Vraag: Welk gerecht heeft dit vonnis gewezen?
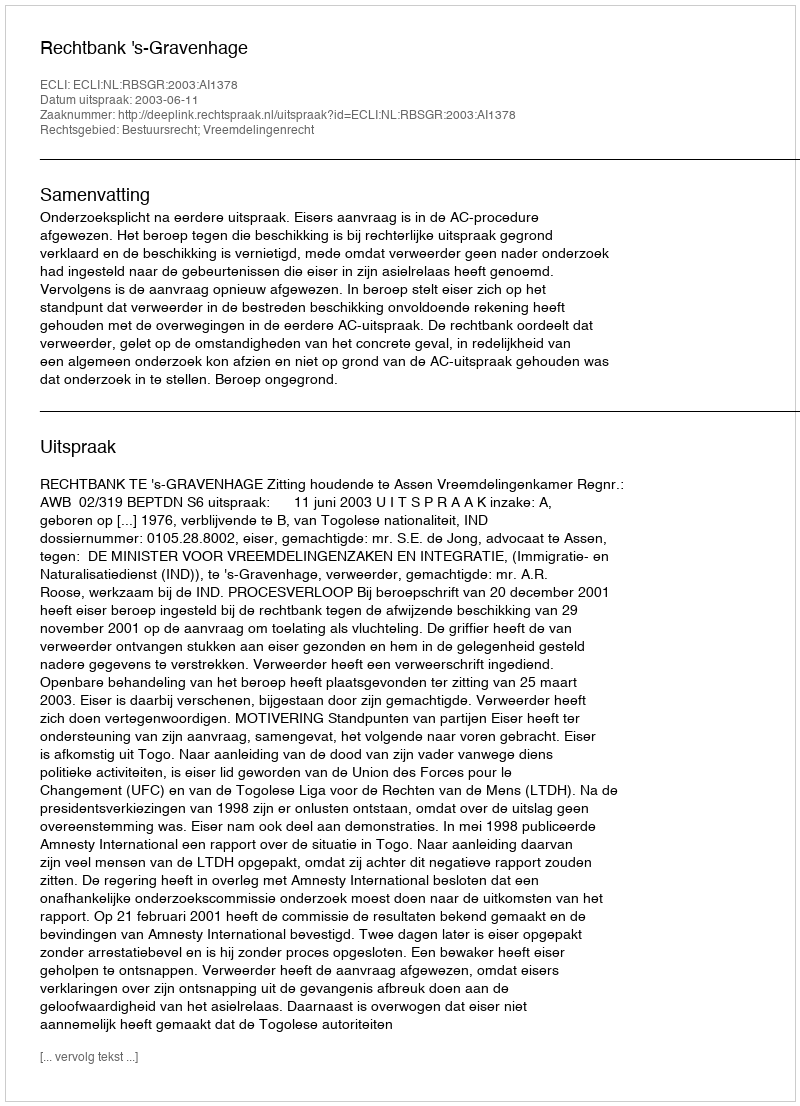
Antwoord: Rechtbank 's-Gravenhage